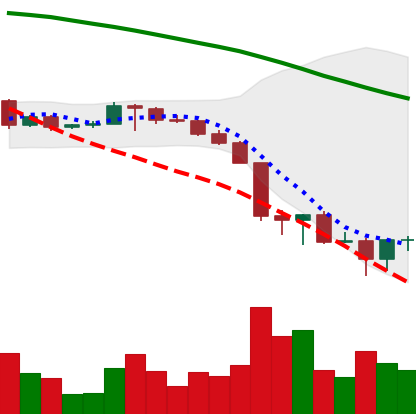
Ticker: BTC-USD
Chart end date: 2022-06-20
Forward return: 4.383%
Label: up_3_5